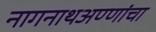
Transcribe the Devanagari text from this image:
नागनाथअण्णांचा